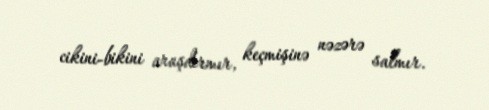
cikini-bikini araşdırmır, keçmişinə nəzərə salmır.